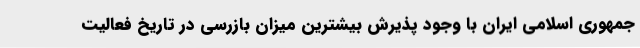
جمهوری اسلامی ایران با وجود پذیرش بیشترین میزان بازرسی در تاریخ فعالیت